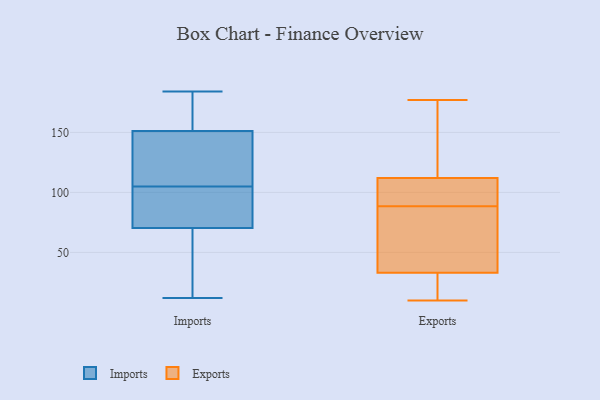
{"axis": {"x": "Page Views", "y": "Value"}, "legend": ["Exports", "Imports"], "data": [{"x": "", "y": 146, "type": "Imports"}, {"x": "", "y": 108, "type": "Imports"}, {"x": "", "y": 100, "type": "Imports"}, {"x": "", "y": 22, "type": "Imports"}, {"x": "", "y": 12, "type": "Imports"}, {"x": "", "y": 105, "type": "Imports"}, {"x": "", "y": 126, "type": "Imports"}, {"x": "", "y": 35, "type": "Imports"}, {"x": "", "y": 105, "type": "Imports"}, {"x": "", "y": 184, "type": "Imports"}, {"x": "", "y": 175, "type": "Imports"}, {"x": "", "y": 167, "type": "Imports"}, {"x": "", "y": 82, "type": "Imports"}, {"x": "", "y": 30, "type": "Exports"}, {"x": "", "y": 10, "type": "Exports"}, {"x": "", "y": 177, "type": "Exports"}, {"x": "", "y": 167, "type": "Exports"}, {"x": "", "y": 12, "type": "Exports"}, {"x": "", "y": 71, "type": "Exports"}, {"x": "", "y": 107, "type": "Exports"}, {"x": "", "y": 93, "type": "Exports"}, {"x": "", "y": 33, "type": "Exports"}, {"x": "", "y": 169, "type": "Exports"}, {"x": "", "y": 84, "type": "Exports"}, {"x": "", "y": 72, "type": "Exports"}, {"x": "", "y": 100, "type": "Exports"}, {"x": "", "y": 112, "type": "Exports"}]}